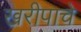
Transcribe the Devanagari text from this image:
खरीपाचे